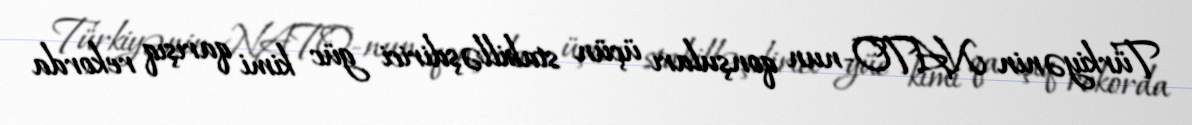
Türkiyənin NATO-nun qonşuları üçün stabilləşdirici güc kimi qarışıq rekorda